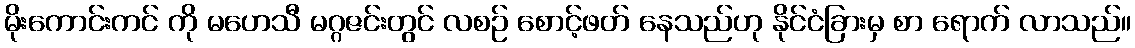
မိုးကောင်းကင် ကို မဟေသီ မဂ္ဂဇင်းတွင် လစဉ် စောင့်ဖတ် နေသည်ဟု နိုင်ငံခြားမှ စာ ရောက် လာသည်။